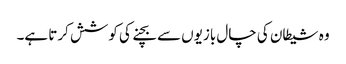
وہ شیطان کی چال بازیوں سے بچنے کی کوشش کرتا ہے۔